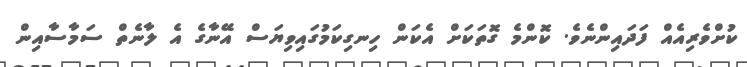
ކުށްވެރިއެއް ފަދައިންނެވެ. ކޮންމެ ގޮތަކަށް އެކަން ހިނގިކަމުގައިވިޔަސް އޭނާގެ އެ ލާނެތް ސަމާސާއިން